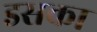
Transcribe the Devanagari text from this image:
डसका